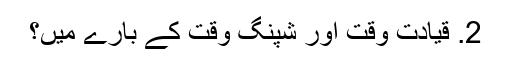
2. قیادت وقت اور شپنگ وقت کے بارے میں؟